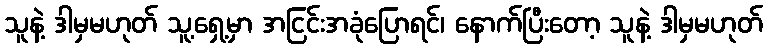
သူနဲ့ ဒါမှမဟုတ် သူ့ရှေ့မှာ အငြင်းအခုံပြောရင်၊ နောက်ပြီးတော့ သူနဲ့ ဒါမှမဟုတ်